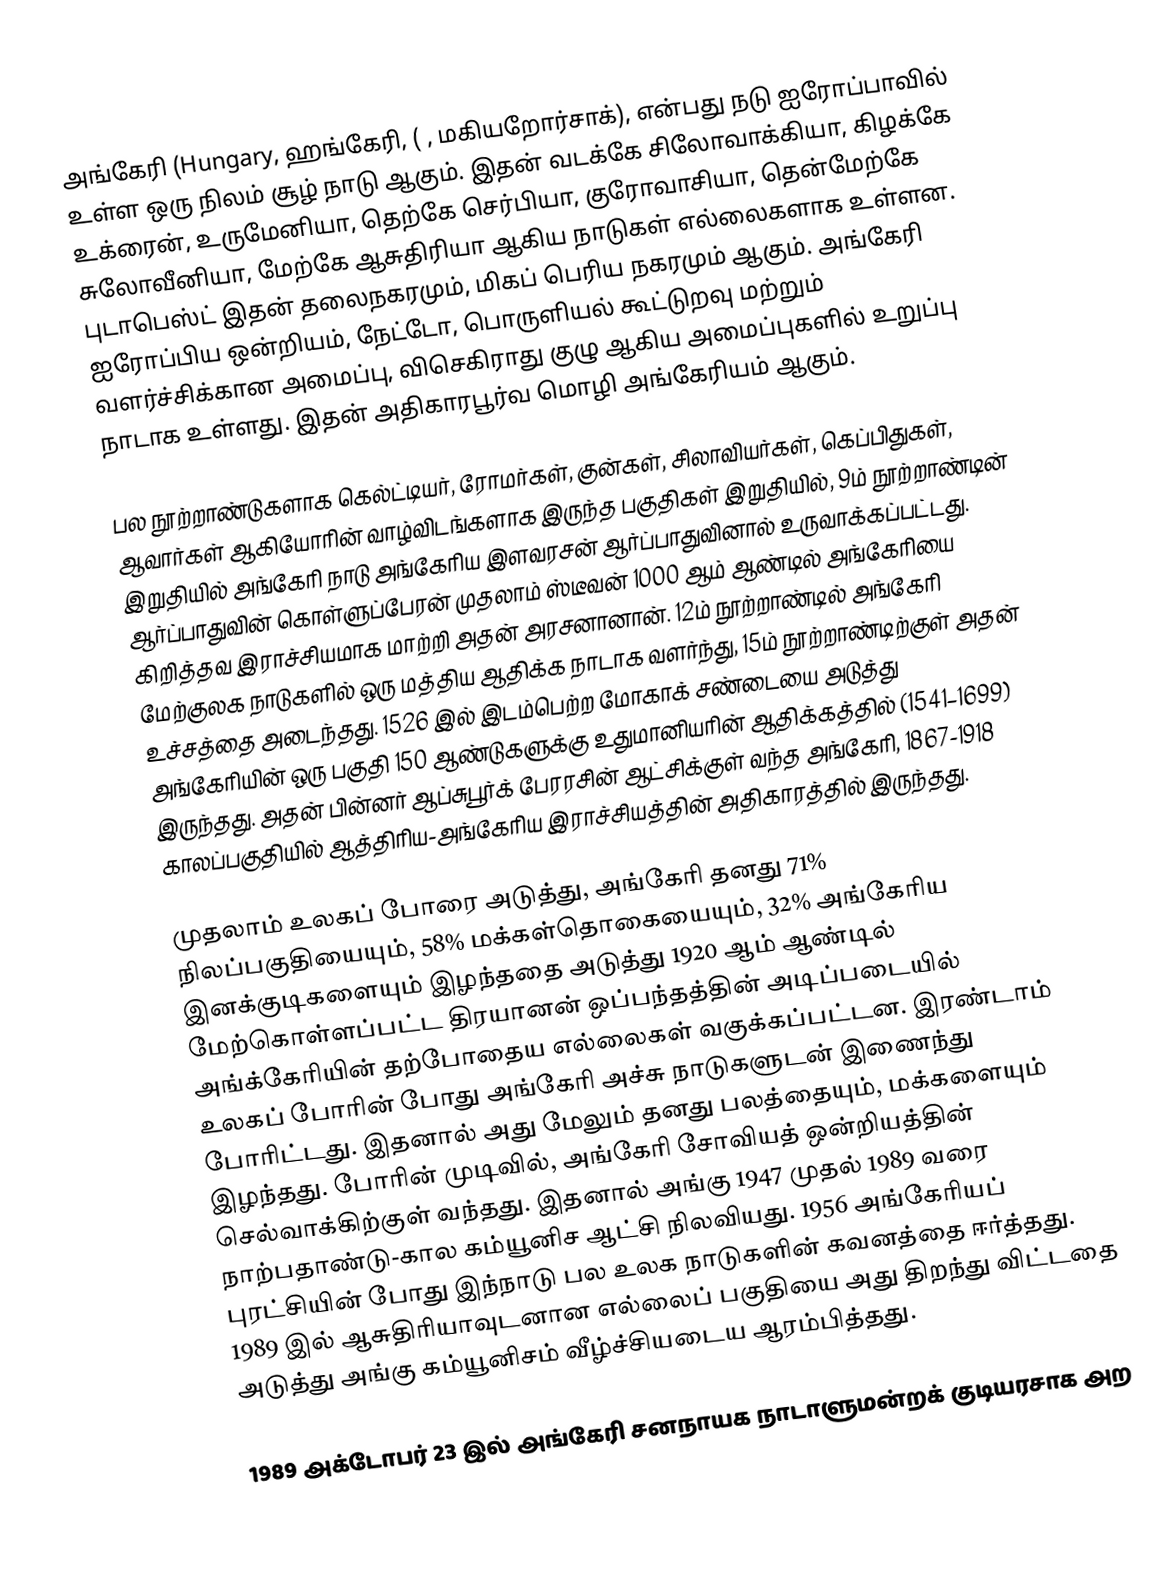
அங்கேரி (Hungary, ஹங்கேரி,  ( , மகியறோர்சாக்), என்பது நடு ஐரோப்பாவில் உள்ள ஒரு நிலம் சூழ் நாடு ஆகும். இதன் வடக்கே சிலோவாக்கியா, கிழக்கே உக்ரைன், உருமேனியா, தெற்கே செர்பியா, குரோவாசியா, தென்மேற்கே சுலோவீனியா, மேற்கே ஆசுதிரியா ஆகிய நாடுகள் எல்லைகளாக உள்ளன. புடாபெஸ்ட் இதன் தலைநகரமும், மிகப் பெரிய நகரமும் ஆகும். அங்கேரி ஐரோப்பிய ஒன்றியம், நேட்டோ, பொருளியல் கூட்டுறவு மற்றும் வளர்ச்சிக்கான அமைப்பு, விசெகிராது குழு ஆகிய அமைப்புகளில் உறுப்பு நாடாக உள்ளது. இதன் அதிகாரபூர்வ மொழி அங்கேரியம் ஆகும்.

பல நூற்றாண்டுகளாக கெல்ட்டியர், ரோமர்கள், குன்கள், சிலாவியர்கள், கெப்பிதுகள், ஆவார்கள் ஆகியோரின் வாழ்விடங்களாக இருந்த பகுதிகள் இறுதியில், 9ம் நூற்றாண்டின் இறுதியில் அங்கேரி நாடு அங்கேரிய இளவரசன் ஆர்ப்பாதுவினால் உருவாக்கப்பட்டது. ஆர்ப்பாதுவின் கொள்ளுப்பேரன் முதலாம் ஸ்டீவன் 1000 ஆம் ஆண்டில் அங்கேரியை கிறித்தவ இராச்சியமாக மாற்றி அதன் அரசனானான். 12ம் நூற்றாண்டில் அங்கேரி மேற்குலக நாடுகளில் ஒரு மத்திய ஆதிக்க நாடாக வளர்ந்து, 15ம் நூற்றாண்டிற்குள் அதன் உச்சத்தை அடைந்தது. 1526 இல் இடம்பெற்ற மோகாக் சண்டையை அடுத்து அங்கேரியின் ஒரு பகுதி 150 ஆண்டுகளுக்கு உதுமானியரின் ஆதிக்கத்தில் (1541–1699) இருந்தது. அதன் பின்னர் ஆப்சுபூர்க் பேரரசின் ஆட்சிக்குள் வந்த அங்கேரி, 1867-1918 காலப்பகுதியில் ஆத்திரிய-அங்கேரிய இராச்சியத்தின் அதிகாரத்தில் இருந்தது.

முதலாம் உலகப் போரை அடுத்து, அங்கேரி தனது 71% நிலப்பகுதியையும், 58% மக்கள்தொகையையும், 32% அங்கேரிய இனக்குடிகளையும் இழந்ததை அடுத்து 1920 ஆம் ஆண்டில் மேற்கொள்ளப்பட்ட திரயானன் ஒப்பந்தத்தின் அடிப்படையில் அங்க்கேரியின் தற்போதைய எல்லைகள் வகுக்கப்பட்டன. இரண்டாம் உலகப் போரின் போது அங்கேரி அச்சு நாடுகளுடன் இணைந்து போரிட்டது. இதனால் அது மேலும் தனது பலத்தையும், மக்களையும் இழந்தது. போரின் முடிவில், அங்கேரி சோவியத் ஒன்றியத்தின் செல்வாக்கிற்குள் வந்தது. இதனால் அங்கு 1947 முதல் 1989 வரை  நாற்பதாண்டு-கால கம்யூனிச ஆட்சி நிலவியது. 1956 அங்கேரியப் புரட்சியின் போது இந்நாடு பல உலக நாடுகளின் கவனத்தை ஈர்த்தது. 1989 இல் ஆசுதிரியாவுடனான எல்லைப் பகுதியை அது திறந்து விட்டதை அடுத்து அங்கு கம்யூனிசம் வீழ்ச்சியடைய ஆரம்பித்தது.

1989 அக்டோபர் 23 இல் அங்கேரி சனநாயக நாடாளுமன்றக் குடியரசாக அற